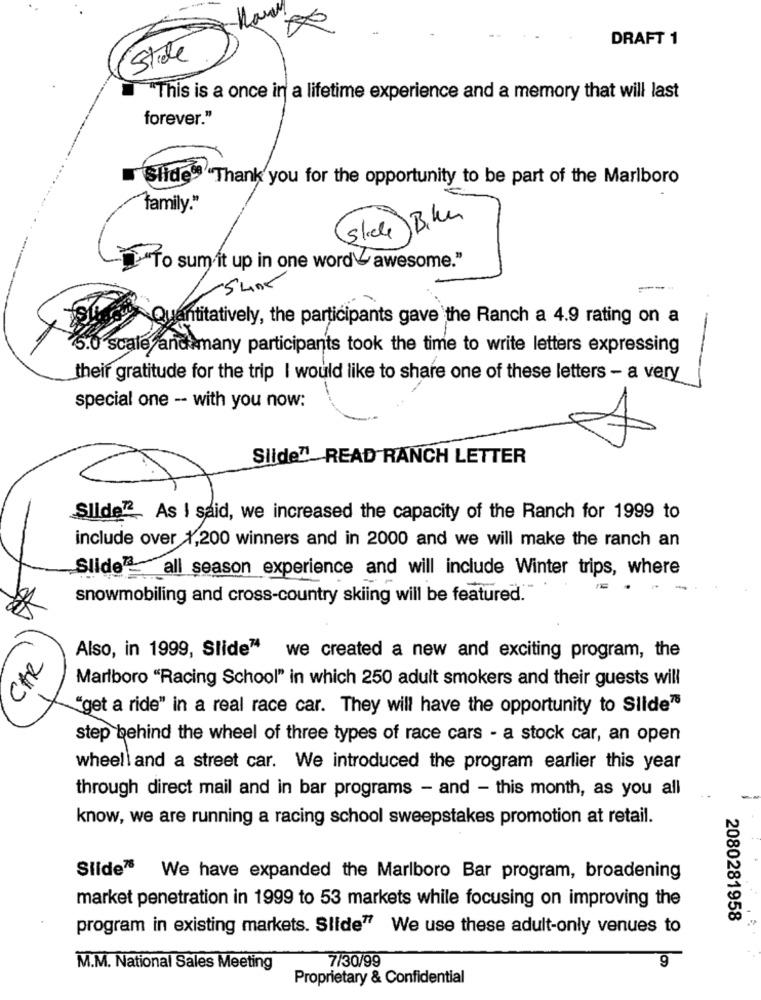
DRAFT 1
State
"This is a once in a lifetime experience and a memory that will last
forever."
Slide® Thank you for the opportunity to be part of the Marlboro
"family."
(Slide) Bike
"To sum it up in one wordawesome."
Quantitatively, the participants gave the Ranch a 4.9 rating on a
5.0 scale and many participants took the time to write letters expressing
their gratitude for the trip I would like to share one of these letters - a very
special one -- with you now:
Slide" READ RANCH LETTER
Slide22 As I said, we increased the capacity of the Ranch for 1999 to
include over 1,200 winners and in 2000 and we will make the ranch an
Slide" all season experience and will include Winter trips, where
snowmobiling and cross-country skiing will be featured."
CAR
Also, in 1999, Slide" we created a new and exciting program, the
Marlboro "Racing School" in which 250 adult smokers and their guests will
"get a ride" in a real race car. They will have the opportunity to Slide7
step behind the wheel of three types of race cars - a stock car, an open
wheell and a street car. We introduced the program earlier this year
through direct mail and in bar programs - and - this month, as you all
know, we are running a racing school sweepstakes promotion at retail.
Slide" We have expanded the Marlboro Bar program, broadening
market penetration in 1999 to 53 markets while focusing on improving the
2080281958
program in existing markets. Slide77 We use these adult-only venues to
7/30/99
9
M.M. National Sales Meeting
Proprietary & Confidential